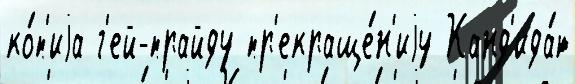
ко́п'иjа г'ей-прайду пр'екраще́н'иjу Канд'ида́т